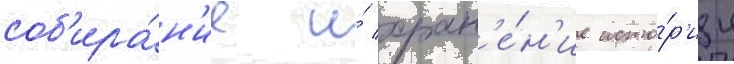
соб'ира́н'ие и́ хран'е́н'ие исто́р'ии